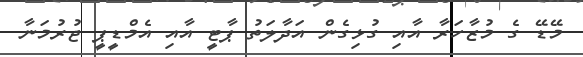
މޭޑޭ ގެ މުޒާހަރާ އާއި ގުޅިގެން އަދާލަތު ޕާޓީ އާއި އެމްޑީޕީ ޖުރުމަނާ